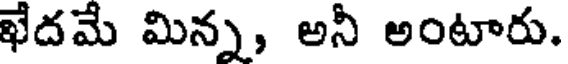
ఖేదమే మిన్న, అనీ అంటారు.